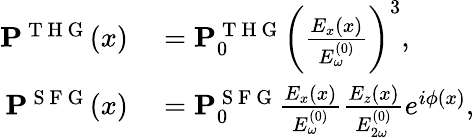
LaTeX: \begin{array}{rl}{\mathbf{P}^{\mathrm{~T~H~G~}}(x)}&{{}=\mathbf{P}_{0}^{\mathrm{~T~H~G~}}\bigg(\frac{E_{x}(x)}{E_{\omega}^{(0)}}\bigg)^{3},}\\ {\mathbf{P}^{\mathrm{~S~F~G~}}(x)}&{{}=\mathbf{P}_{0}^{\mathrm{~S~F~G~}}\frac{E_{x}(x)}{E_{\omega}^{(0)}}\frac{E_{z}(x)}{E_{2\omega}^{(0)}}e^{i\phi(x)},}\end{array}